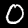
Label: 0